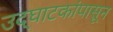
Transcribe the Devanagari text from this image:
उद्‌घाटकांपासून